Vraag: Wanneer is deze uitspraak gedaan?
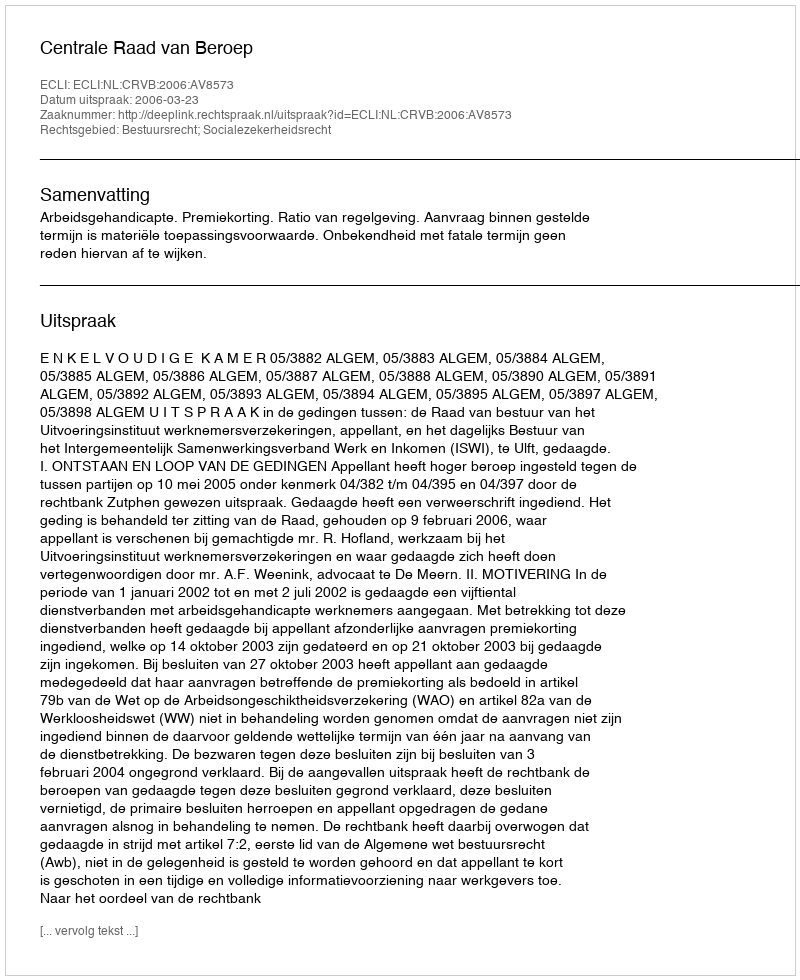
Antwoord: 2006-03-23